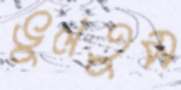
ভুলতুম